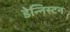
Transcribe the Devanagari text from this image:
डेन्निस्टन